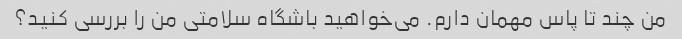
من چند تا پاس مهمان دارم. می‌خواهید باشگاه سلامتی من را بررسی کنید؟